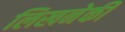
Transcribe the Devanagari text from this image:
लिखनेकी